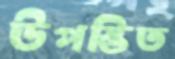
উপস্তিত